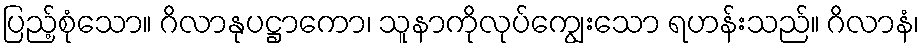
ပြည့်စုံသော။ ဂိလာနုပဋ္ဌာကော၊ သူနာကိုလုပ်ကျွေးသော ရဟန်းသည်။ ဂိလာနံ၊